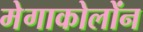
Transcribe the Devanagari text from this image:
मेगाकोलोंन